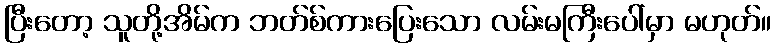
ပြီးတော့ သူတို့အိမ်က ဘတ်စ်ကားပြေးသော လမ်းမကြီးပေါ်မှာ မဟုတ်။